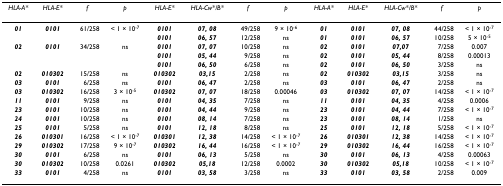
<table><thead><tr><td><b><i>HLA-A*</i></b></td><td><b><i>HLA-E*</i></b></td><td><b><i>f</i></b></td><td><b><i>p</i></b></td><td><b><i>HLA-E*</i></b></td><td><b><i>HLA-Cw*/B*</i></b></td><td><b><i>f</i></b></td><td><b><i>p</i></b></td><td><b><i>HLA-A*</i></b></td><td><b><i>HLA-E*</i></b></td><td><b><i>HLA-Cw*/B*</i></b></td><td><b><i>f</i></b></td><td><b><i>p</i></b></td></tr></thead><tbody><tr><td><b><i>01</i></b></td><td><b><i>0101</i></b></td><td>61/258</td><td>&lt; 1 × 10<sup>-7</sup></td><td><b><i>0101</i></b></td><td><b><i>07, 08</i></b></td><td>49/258</td><td>9 × 10<sup>-6</sup></td><td><b><i>01</i></b></td><td><b><i>0101</i></b></td><td><b><i>07, 08</i></b></td><td>44/258</td><td>&lt; 1 × 10<sup>-7</sup></td></tr><tr><td></td><td></td><td></td><td></td><td><b><i>0101</i></b></td><td><b><i>06, 57</i></b></td><td>12/258</td><td>ns</td><td><b><i>01</i></b></td><td><b><i>0101</i></b></td><td><b><i>06, 57</i></b></td><td>10/258</td><td>5 × 10<sup>-5</sup></td></tr><tr><td><b><i>02</i></b></td><td><b><i>0101</i></b></td><td>34/258</td><td>ns</td><td><b><i>0101</i></b></td><td><b><i>07, 07</i></b></td><td>10/258</td><td>ns</td><td><b><i>02</i></b></td><td><b><i>0101</i></b></td><td><b><i>07,07</i></b></td><td>7/258</td><td>0.007</td></tr><tr><td></td><td></td><td></td><td></td><td><b><i>0101</i></b></td><td><b><i>05, 44</i></b></td><td>9/258</td><td>ns</td><td><b><i>02</i></b></td><td><b><i>0101</i></b></td><td><b><i>05, 44</i></b></td><td>8/258</td><td>0.00013</td></tr><tr><td></td><td></td><td></td><td></td><td><b><i>0101</i></b></td><td><b><i>06, 50</i></b></td><td>6/258</td><td>ns</td><td><b><i>02</i></b></td><td><b><i>0101</i></b></td><td><b><i>06, 50</i></b></td><td>3/258</td><td>ns</td></tr><tr><td><b><i>02</i></b></td><td><b><i>010302</i></b></td><td>15/258</td><td>ns</td><td><b><i>010302</i></b></td><td><b><i>03,15</i></b></td><td>2/258</td><td>ns</td><td><b><i>02</i></b></td><td><b><i>010302</i></b></td><td><b><i>03,15</i></b></td><td>3/258</td><td>ns</td></tr><tr><td><b><i>03</i></b></td><td><b><i>0101</i></b></td><td>6/258</td><td>ns</td><td><b><i>0101</i></b></td><td><b><i>06, 47</i></b></td><td>2/258</td><td>ns</td><td><b><i>03</i></b></td><td><b><i>0101</i></b></td><td><b><i>06, 47</i></b></td><td>2/258</td><td>ns</td></tr><tr><td><b><i>03</i></b></td><td><b><i>010302</i></b></td><td>16/258</td><td>3 × 10<sup>-5</sup></td><td><b><i>010302</i></b></td><td><b><i>07, 07</i></b></td><td>18/258</td><td>0.00046</td><td><b><i>03</i></b></td><td><b><i>010302</i></b></td><td><b><i>07, 07</i></b></td><td>14/258</td><td>&lt; 1 × 10<sup>-7</sup></td></tr><tr><td><b><i>11</i></b></td><td><b><i>0101</i></b></td><td>9/258</td><td>ns</td><td><b><i>0101</i></b></td><td><b><i>04, 35</i></b></td><td>7/258</td><td>ns</td><td><b><i>11</i></b></td><td><b><i>0101</i></b></td><td><b><i>04, 35</i></b></td><td>4/258</td><td>0.0006</td></tr><tr><td><b><i>23</i></b></td><td><b><i>0101</i></b></td><td>10/258</td><td>ns</td><td><b><i>0101</i></b></td><td><b><i>04, 44</i></b></td><td>9/258</td><td>ns</td><td><b><i>23</i></b></td><td><b><i>0101</i></b></td><td><b><i>04, 44</i></b></td><td>7/258</td><td>&lt; 1 × 10<sup>-7</sup></td></tr><tr><td><b><i>24</i></b></td><td><b><i>0101</i></b></td><td>10/258</td><td>ns</td><td><b><i>0101</i></b></td><td><b><i>08, 14</i></b></td><td>7/258</td><td>ns</td><td><b><i>23</i></b></td><td><b><i>0101</i></b></td><td><b><i>08, 14</i></b></td><td>1/258</td><td>ns</td></tr><tr><td><b><i>25</i></b></td><td><b><i>0101</i></b></td><td>5/258</td><td>ns</td><td><b><i>0101</i></b></td><td><b><i>12, 18</i></b></td><td>8/258</td><td>ns</td><td><b><i>25</i></b></td><td><b><i>0101</i></b></td><td><b><i>12, 18</i></b></td><td>5/258</td><td>&lt; 1 × 10<sup>-7</sup></td></tr><tr><td><b><i>26</i></b></td><td><b><i>010301</i></b></td><td>16/258</td><td>&lt; 1 × 10<sup>-7</sup></td><td><b><i>010301</i></b></td><td><b><i>12, 38</i></b></td><td>14/258</td><td>&lt; 1 × 10<sup>-7</sup></td><td><b><i>26</i></b></td><td><b><i>010301</i></b></td><td><b><i>12, 38</i></b></td><td>14/258</td><td>&lt; 1 × 10<sup>-7</sup></td></tr><tr><td><b><i>29</i></b></td><td><b><i>010302</i></b></td><td>17/258</td><td>9 × 10<sup>-7</sup></td><td><b><i>010302</i></b></td><td><b><i>16, 44</i></b></td><td>16/258</td><td>&lt; 1 × 10<sup>-7</sup></td><td><b><i>29</i></b></td><td><b><i>010302</i></b></td><td><b><i>16, 44</i></b></td><td>16/258</td><td>&lt; 1 × 10<sup>-7</sup></td></tr><tr><td><b><i>30</i></b></td><td><b><i>0101</i></b></td><td>6/258</td><td>ns</td><td><b><i>0101</i></b></td><td><b><i>06, 13</i></b></td><td>5/258</td><td>ns</td><td><b><i>30</i></b></td><td><b><i>0101</i></b></td><td><b><i>06, 13</i></b></td><td>4/258</td><td>0.00063</td></tr><tr><td><b><i>30</i></b></td><td><b><i>010302</i></b></td><td>10/258</td><td>0.0261</td><td><b><i>010302</i></b></td><td><b><i>05,18</i></b></td><td>12/258</td><td>0.0002</td><td><b><i>30</i></b></td><td><b><i>010302</i></b></td><td><b><i>05,18</i></b></td><td>10/258</td><td>&lt; 1 × 10<sup>-7</sup></td></tr><tr><td><b><i>33</i></b></td><td><b><i>0101</i></b></td><td>4/258</td><td>ns</td><td><b><i>0101</i></b></td><td><b><i>03, 58</i></b></td><td>3/258</td><td>ns</td><td><b><i>33</i></b></td><td><b><i>0101</i></b></td><td><b><i>03, 58</i></b></td><td>2/258</td><td>0.009</td></tr></tbody></table>